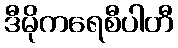
ဒီမိုကရေစီပါတီ